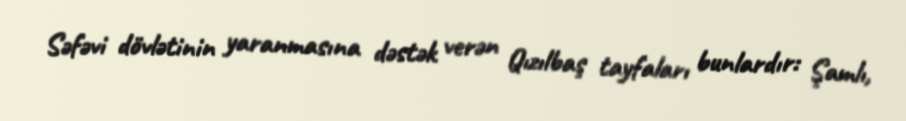
Səfəvi dövlətinin yaranmasına dəstək verən Qızılbaş tayfaları bunlardır: Şamlı,